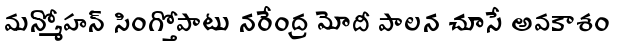
మన్మోహన్ సింగ్తోపాటు నరేంద్ర మోదీ పాలన చూసే అవకాశం